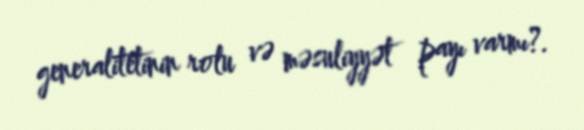
generalitetinin rolu və məsuliyyət payı varmı?.